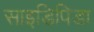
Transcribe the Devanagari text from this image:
साइडिपिडा